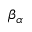
\beta _ { \alpha }